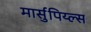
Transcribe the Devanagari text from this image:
मार्सुपिय्ल्स